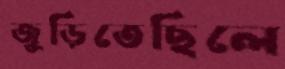
জুড়িতেছিলে